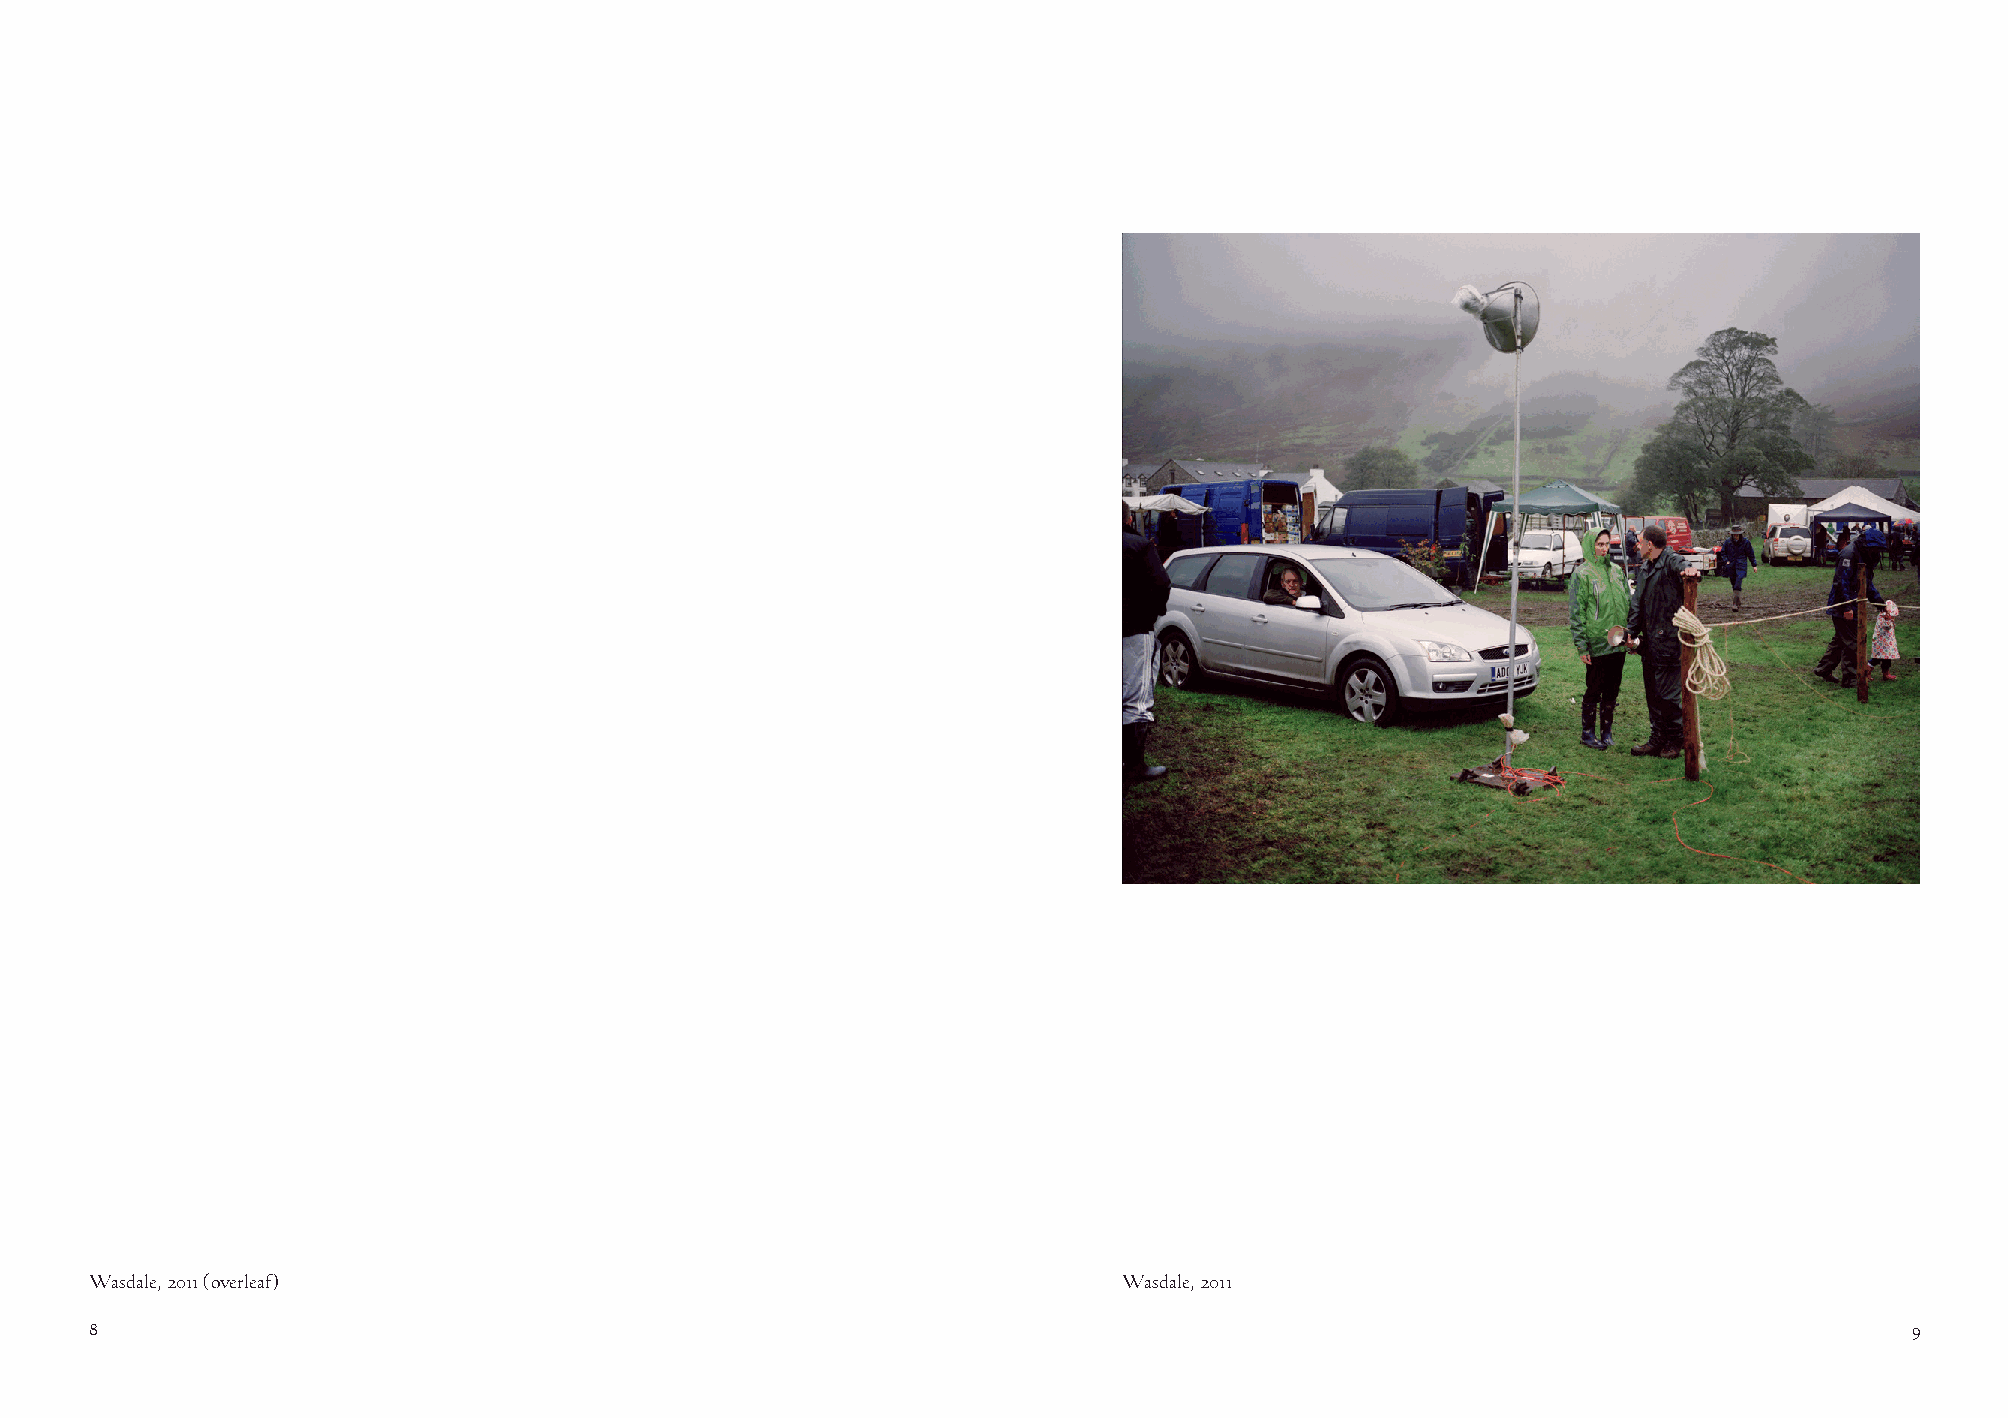
Wasdale, 2011 (overleaf)                                            Wasdale, 2011
 8                                                                                                                        9